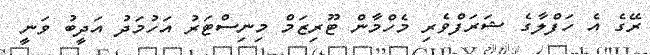
ރޭގެ އެ ހަފްލާގެ ޝަރަފްވެރި މެހްމާން ޓޫރިޒަމް މިނިސްޓަރު އަހުމަދު އަދީބު ވަނީ